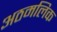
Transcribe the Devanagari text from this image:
अठमलिक